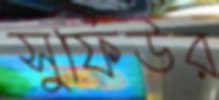
সুফিউর